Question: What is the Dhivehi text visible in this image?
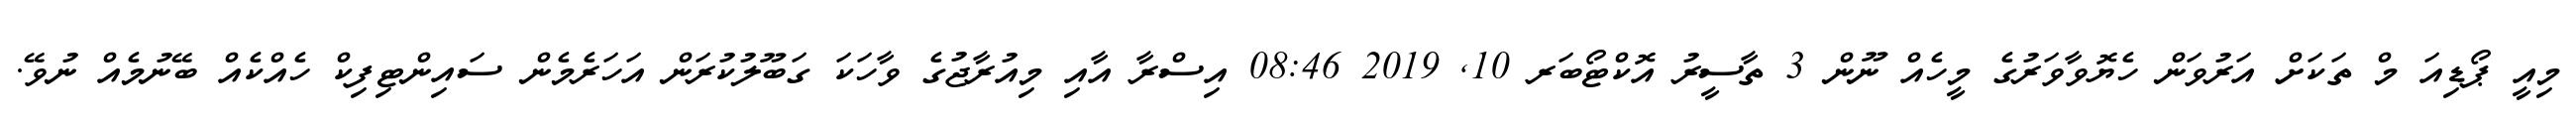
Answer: މިއީ ޕޯޑިއަ މް ތަކަށް އަރުވަން ހެޔޮވާވަރުގެ މީހެއް ނޫން 3 ތާސީރު އޮކްޓޯބަރ 10, 2019 08:46 އިސްރާ އާއި މިއުރާޖުގެ ވާހަކަ ގަބޫލުކުރަން އަހަރެމެން ސައިންޓިފިކް ހެއްކެއް ބޭނުމެއް ނުވޭ.